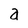
Character: a